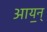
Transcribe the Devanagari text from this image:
आय॒न्